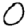
Digit: 0